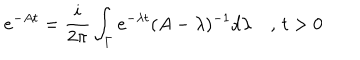
e ^ { - A t } = \frac { i } { 2 \pi } \int _ { \Gamma } e ^ { - \lambda t } ( A - \lambda ) ^ { - 1 } d \lambda \quad , \, t > 0